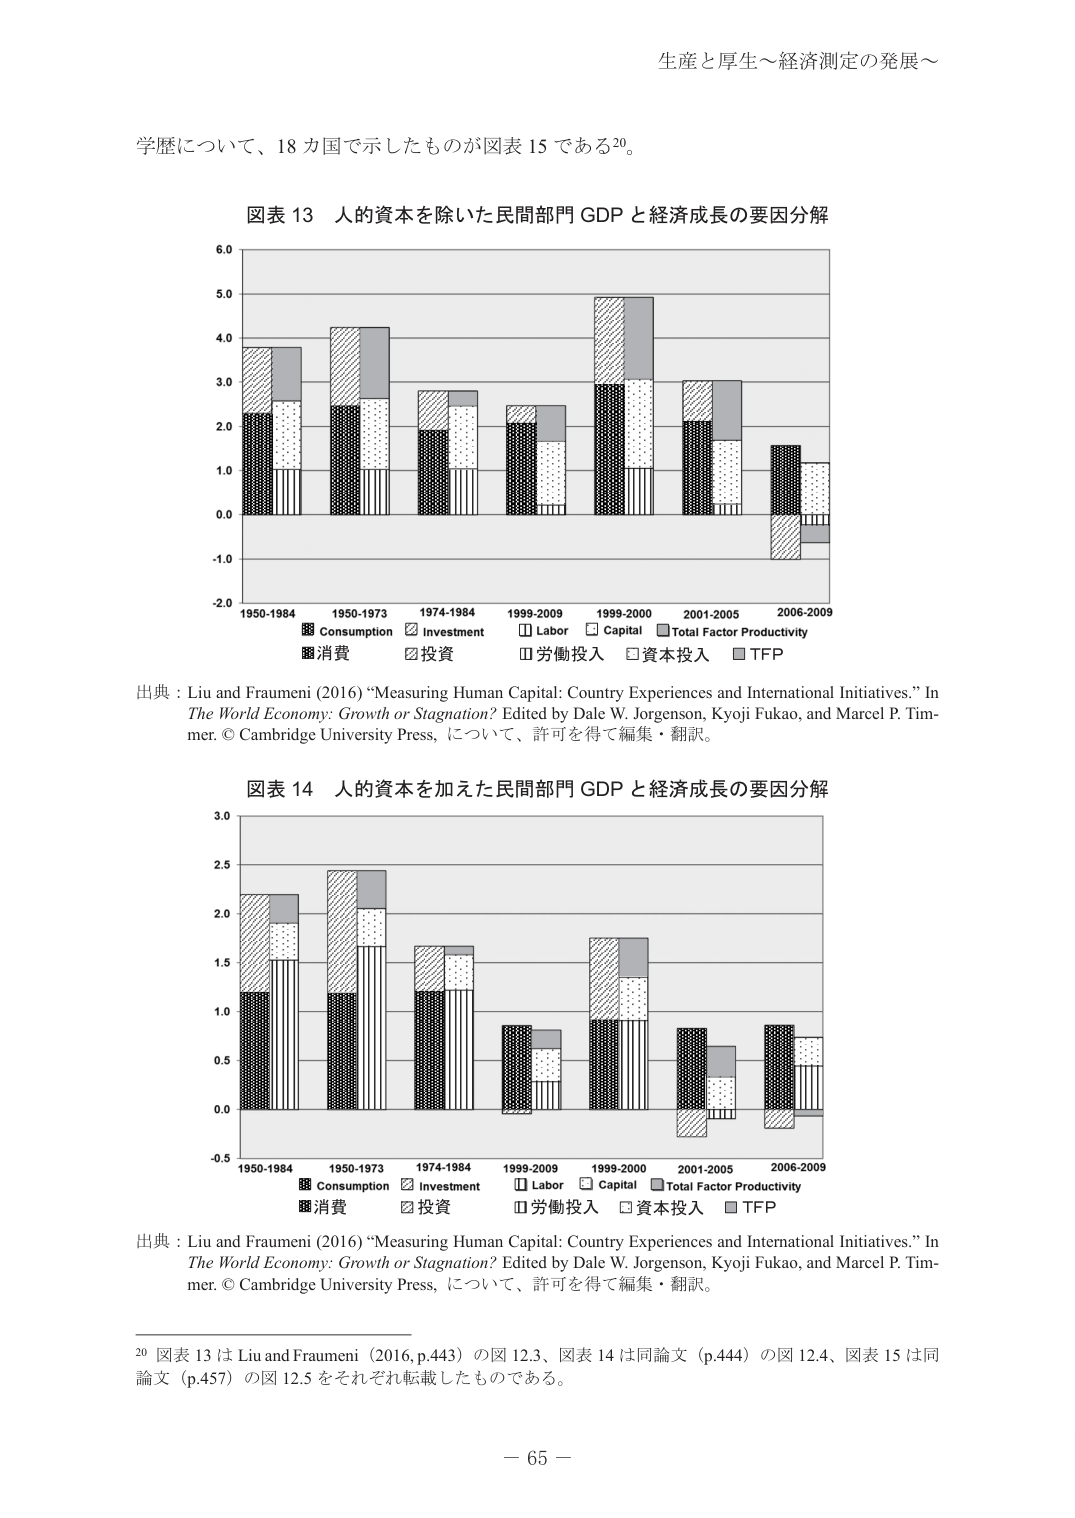
生産と厚生～経済測定の発展～

学歴について、18カ国で示したものが図表15である20。

図表13 人的資本を除いた民間部門GDPと経済成長の要因分解

6.0
5.0
4.0
3.0
2.0
1.0
0.0
-1.0
-2.0

1950-1984 1950-1973 1974-1984 1999-2009 1999-2000 2001-2005 2006-2009

■ Consumption ■ Investment ■ Labor ■ Capital ■ Total Factor Productivity
■消費 ■投資 ■労働投入 ■資本投入 ■TFP

出典：Liu and Fraumeni (2016) “Measuring Human Capital: Country Experiences and International Initiatives.” In The World Economy: Growth or Stagnation? Edited by Dale W. Jorgenson, Kyoji Fukao, and Marcel P. Timmer. © Cambridge University Press, について、許可を得て編集・翻訳。

図表14 人的資本を加えた民間部門GDPと経済成長の要因分解

3.0
2.5
2.0
1.5
1.0
0.5
0.0
-0.5

1950-1984 1950-1973 1974-1984 1999-2009 1999-2000 2001-2005 2006-2009

■ Consumption ■ Investment ■ Labor ■ Capital ■ Total Factor Productivity
■消費 ■投資 ■労働投入 ■資本投入 ■TFP

出典：Liu and Fraumeni (2016) “Measuring Human Capital: Country Experiences and International Initiatives.” In The World Economy: Growth or Stagnation? Edited by Dale W. Jorgenson, Kyoji Fukao, and Marcel P. Timmer. © Cambridge University Press, について、許可を得て編集・翻訳。

20 図表13はLiu and Fraumeni (2016, p.443) の図12.3、図表14は同論文 (p.444) の図12.4、図表15は同論文 (p.457) の図12.5をそれぞれ転載したものである。

－65－